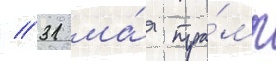
// 31 ма́я тра́мп